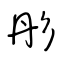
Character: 彤